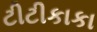
ટીટીકાકા